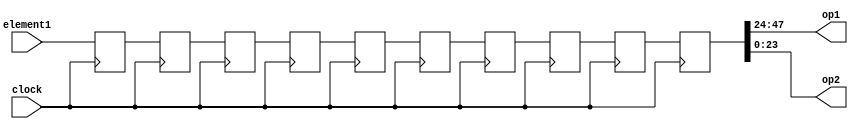
module syncDiv(element1,op1,op2,clock);
input clock;
//input reset;

input [47:0] element1;

output [23:0] op1,op2;
wire [23:0] op1,op2;

reg [47:0] buf1,buf2,buf3,buf4,buf5,buf6,buf7,buf8,buf9,buf10;

always@(posedge clock)
begin
	buf1 <= element1;
	buf2 <= buf1;
	buf3 <= buf2;
	buf4 <= buf3;
	buf5 <= buf4;
	buf6 <= buf5;
	buf7 <= buf6;
	buf8 <= buf7;
	buf9 <= buf8;
	buf10 <= buf9; 
end


assign op1 = buf10[47:24];
assign op2 = buf10[23:0];

endmodule